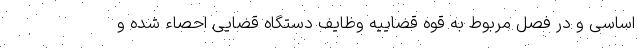
اساسی و در فصل مربوط به قوه قضاییه وظایف دستگاه قضایی احصاء شده و